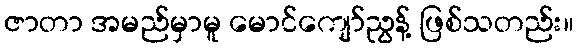
ဇာတာ အမည်မှာမူ မောင်ကျော်ညွန့် ဖြစ်သတည်း။